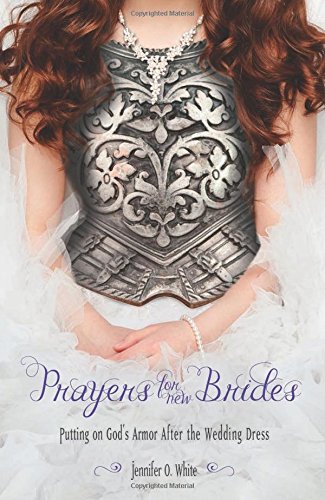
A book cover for Prayers for New Brides: Putting on God's Armor After the Wedding Dress; Jennifer O. White; Religion & Spirituality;